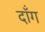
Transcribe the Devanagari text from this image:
दॉंग